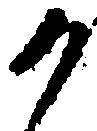
か